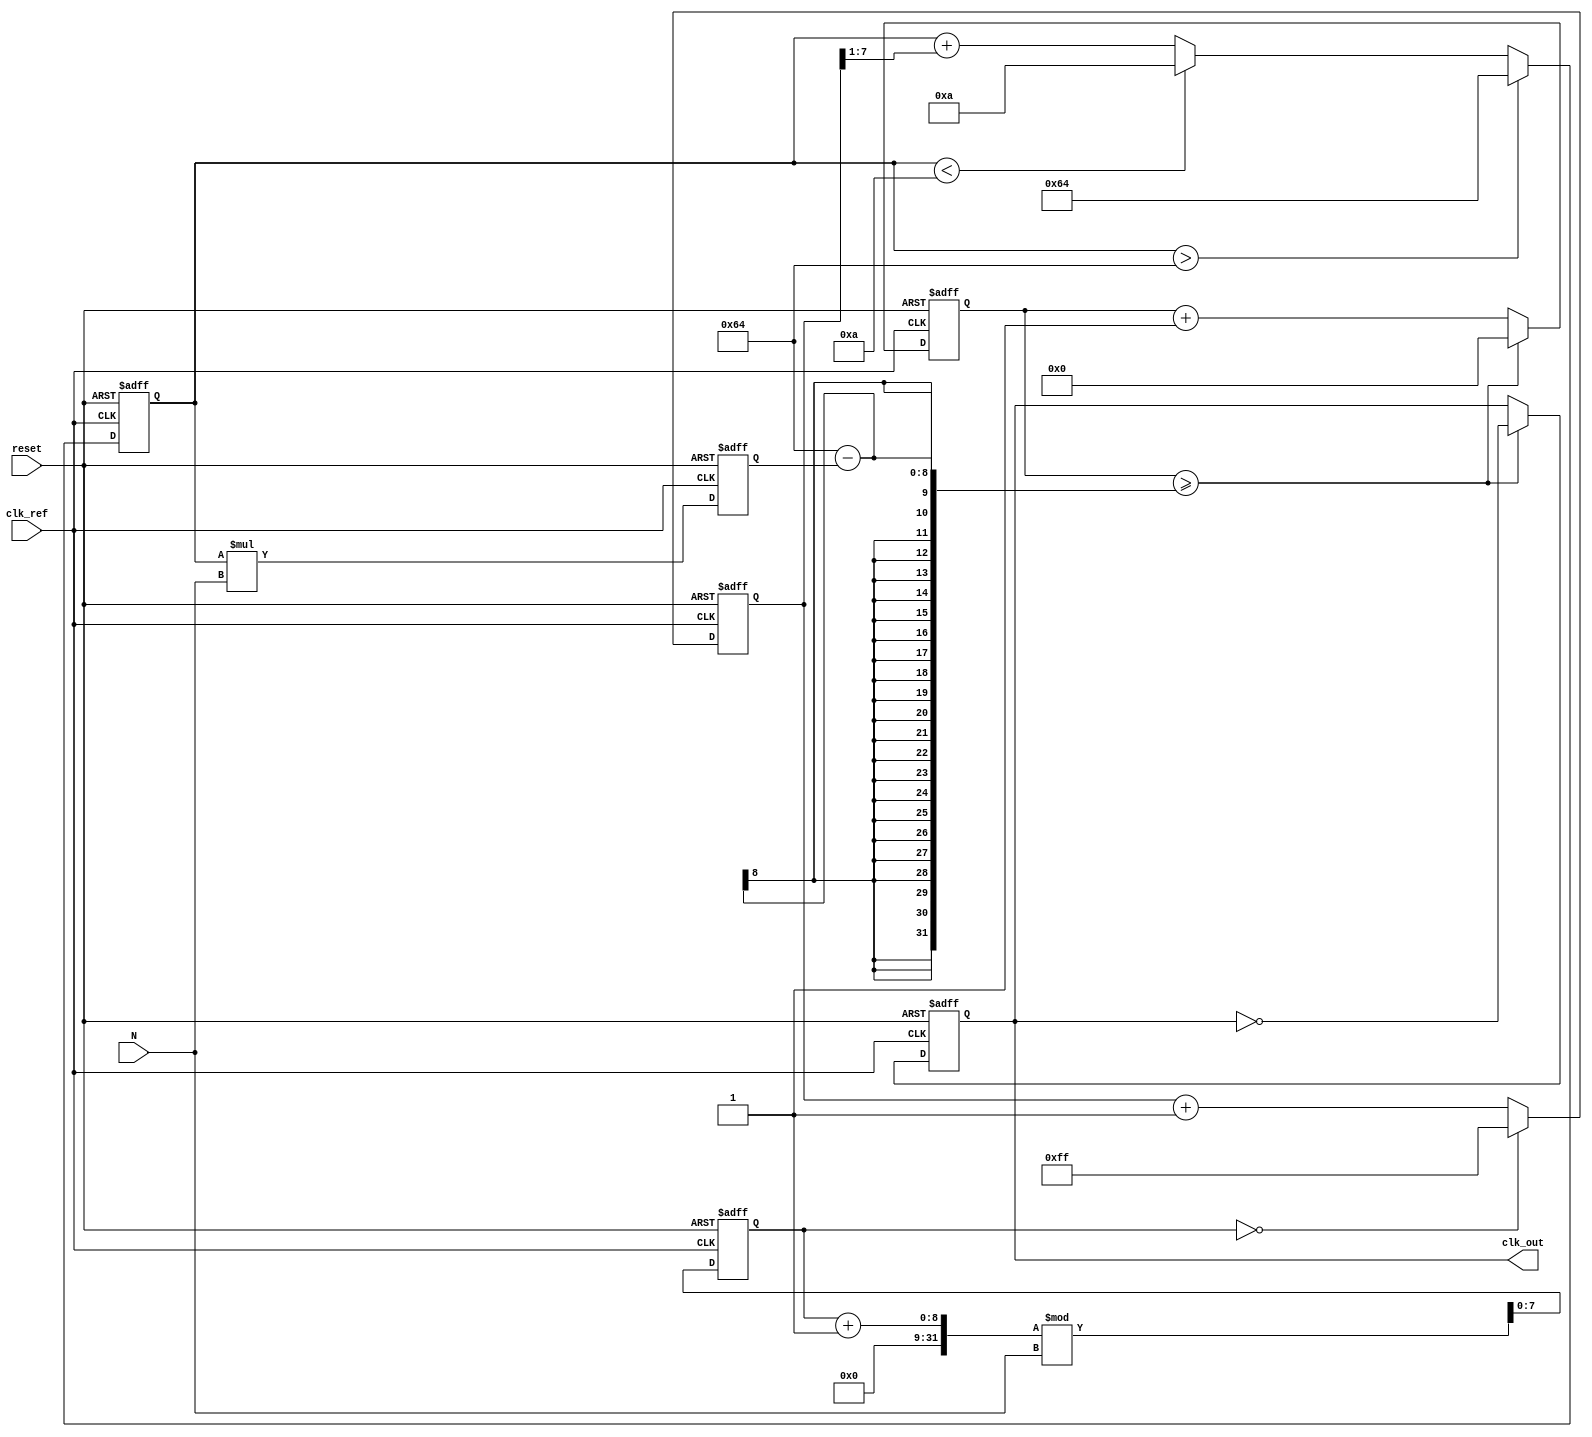
module Integer_N_PLL (
    input wire clk_ref,          // Reference clock input
    input wire reset,            // Asynchronous reset
    input wire [7:0] N,          // Integer division factor
    output reg clk_out           // Output clock
);

    // Parameters
    parameter PD_WIDTH = 8;      // Phase Detector output width
    parameter VCO_MAX_FREQ = 100; // Max frequency for VCO
    parameter VCO_MIN_FREQ = 10;  // Min frequency for VCO

    // Internal signals
    reg [PD_WIDTH-1:0] phase_error; // Phase error signal
    reg [7:0] vco_control;           // Control voltage for VCO
    reg [7:0] vco_freq;              // VCO frequency
    reg [7:0] feedback_divider;      // Feedback divider
    reg [15:0] counter;              // Counter for output clock generation

    // Phase Detector (PD)
    always @(posedge clk_ref or posedge reset) begin
        if (reset) begin
            phase_error <= 0;
        end else begin
            // Simple phase error calculation (for demonstration purposes)
            // In practice, this would be more complex
            phase_error <= (feedback_divider == 0) ? PD_WIDTH'hFF : phase_error + 1;
        end
    end

    // Loop Filter (LF)
    always @(posedge clk_ref or posedge reset) begin
        if (reset) begin
            vco_control <= 0;
        end else begin
            // Simple integration for loop filter (1st order)
            vco_control <= vco_control + (phase_error >> 1); // Scale down the error
            // Limit control voltage to VCO range
            if (vco_control > VCO_MAX_FREQ) begin
                vco_control <= VCO_MAX_FREQ;
            end else if (vco_control < VCO_MIN_FREQ) begin
                vco_control <= VCO_MIN_FREQ;
            end
        end
    end

    // Voltage-Controlled Oscillator (VCO)
    always @(posedge clk_ref or posedge reset) begin
        if (reset) begin
            vco_freq <= 0;
            clk_out <= 0;
            counter <= 0;
        end else begin
            // VCO frequency is set based on control voltage
            vco_freq <= vco_control * N; // Adjust output frequency based on N

            // Clock output generation based on VCO frequency
            if (counter >= (100 - vco_freq)) begin
                clk_out <= ~clk_out; // Toggle the output clock
                counter <= 0; // Reset counter
            end else begin
                counter <= counter + 1; // Increment counter
            end
        end
    end

    // Frequency Divider
    always @(posedge clk_ref or posedge reset) begin
        if (reset) begin
            feedback_divider <= 0;
        end else begin
            // Simple frequency divider
            feedback_divider <= (feedback_divider + 1) % N; // Divide by N
        end
    end

endmodule